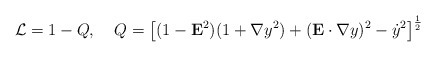
\begin{align*}{\cal L}= 1-Q, \;\;\:\; Q=\left[(1-{\bf E}^2)(1+{\bf \nabla}y^2)+({\bf E}\cdot{\bf \nabla} y)^2-{\dot y}^2\right]^{\frac{1}{2}}\end{align*}